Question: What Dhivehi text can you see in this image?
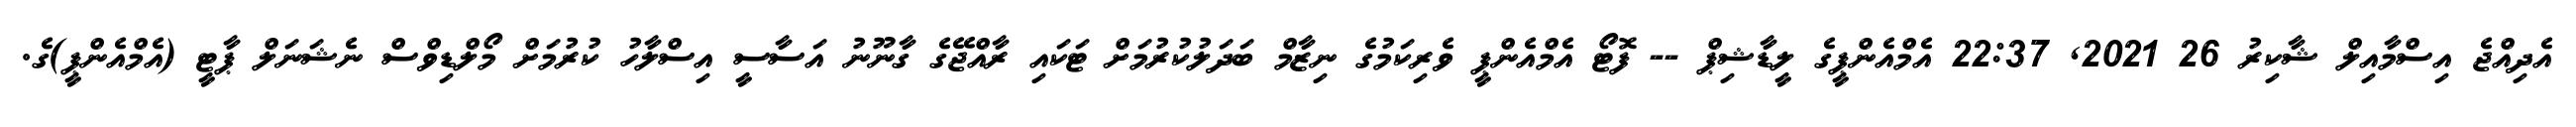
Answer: އެދިއްޖެ އިސްމާއިލް ޝާކިރު 26 2021, 22:37 އެމްއެންޕީގެ ލީޑާޝިޕް -- ފޮޓޯ އެމްއެންޕީ ވެރިކަމުގެ ނިޒާމް ބަދަލުކުރުމަށް ޓަކައި ރާއްޖޭގެ ގާނޫނު އަސާސީ އިސްލާހު ކުރުމަށް މޯލްޑިވްސް ނެޝަނަލް ޕާޓީ (އެމްއެންޕީ)ގެ.